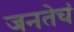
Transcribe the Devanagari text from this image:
जनतेचं